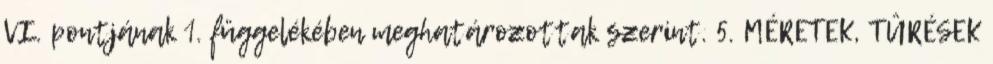
VI. pontjának 1. függelékében meghatározottak szerint. 5. MÉRETEK, TÛRÉSEK